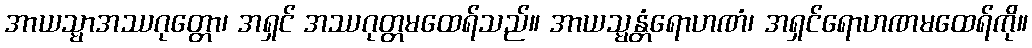
အာယသ္မာအဿဂုတ္တော၊ အရှင် အဿဂုတ္တမထေရ်သည်။ အာယသ္မန္တံရောဟဏံ၊ အရှင်ရောဟဏမထေရ်ကို။